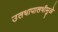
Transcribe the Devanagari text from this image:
उलथापालथीमुळे